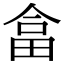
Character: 畣